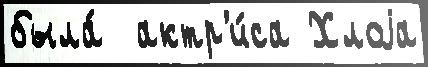
была́  актр'и́са Хлоjа